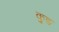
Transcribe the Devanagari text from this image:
कुङ